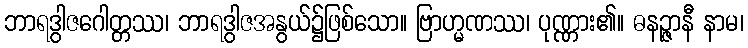
ဘာရဒွါဇဂေါတ္တဿ၊ ဘာရဒွါဇအနွယ်၌ဖြစ်သော။ ဗြာဟ္မဏဿ၊ ပုဏ္ဏား၏။ ဓနဉ္ဇာနီ နာမ၊